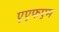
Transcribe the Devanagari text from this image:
एएफएम